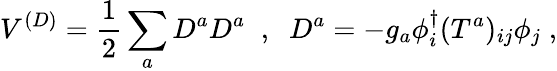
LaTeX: V^{(D)}={\frac{1}{2}}\sum_{a}D^{a}D^{a}\; \; ,\; \; D^{a}=-g_{a}\phi_{i}^{\dagger}(T^{a})_{ij}\phi_{j}\; ,